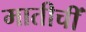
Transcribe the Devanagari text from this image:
मातीचीं